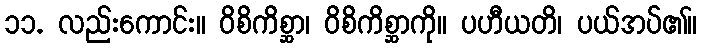
၁၁. လည်းကောင်း။ ဝိစိကိစ္ဆာ၊ ဝိစိကိစ္ဆာကို။ ပဟီယတိ၊ ပယ်အပ်၏။